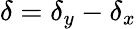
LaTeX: \delta=\delta_{y}-\delta_{x}